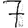
Digit: 7